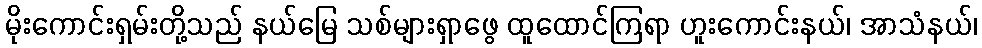
မိုးကောင်းရှမ်းတို့သည် နယ်မြေ သစ်များရှာဖွေ ထူထောင်ကြရာ ဟူးကောင်းနယ်၊ အာသံနယ်၊